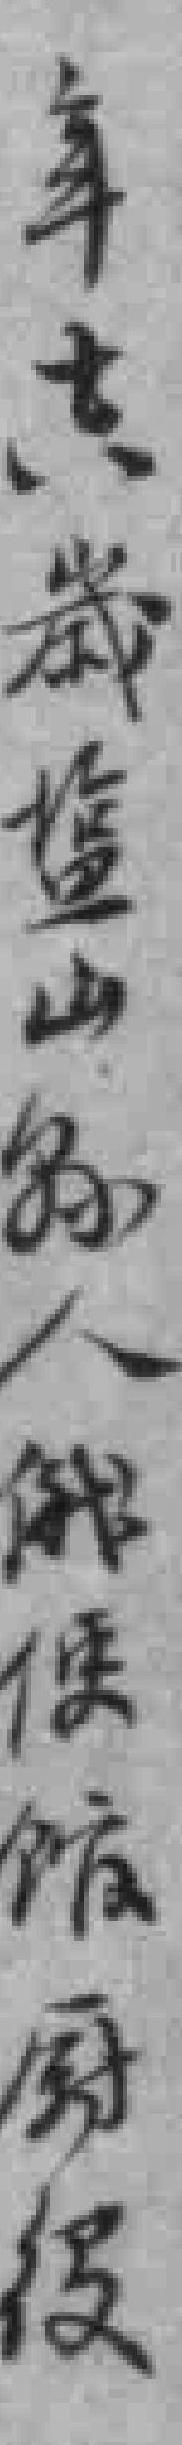
年十六歲塩山縣人俄使馆厨役